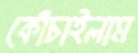
কোঁচাইলাম